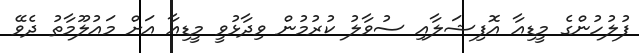
ފުލުހުންގެ މީޑިއާ އޮފިޝަލާއި ސުވާލު ކުރުމުން ވިދާޅުވީ މީޑިއާ އަށް މައުލޫމާތު ދެވޭ